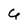
Character: 6